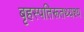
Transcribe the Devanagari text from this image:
बृहस्पतिरूतथ्यश्य